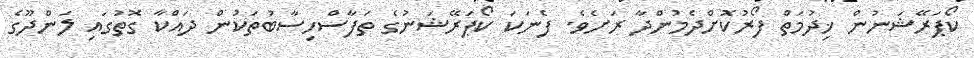
ކޯޕަރޭޝަނުން ޚިދުމަތް ފޯރުކޮށްދެމުންދާ ރަށެވެ. ފެނަކަ ކޯޕަރޭޝަނުގެ ތަފާސްހިސާބުތަކުން ދައްކާ ގޮތުގައި ލަންދޫގެ